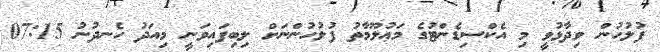
ފުލުހުން ވިދާޅުވީ މި އެކްސިޑެންޓުގެ މަޢުލޫމާތު ފުލުހުންނަށް ލިބިފައިވަނީ މިއަދު ހެނދުނު 07:15